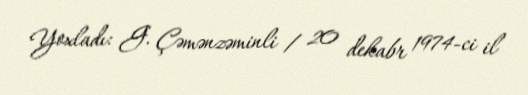
Yoxladı: G. Çəmənzəminli / 20 dekabr 1974-ci il